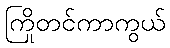
ကြိုတင်ကာကွယ်